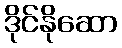
ဒိုင်နိုဆော